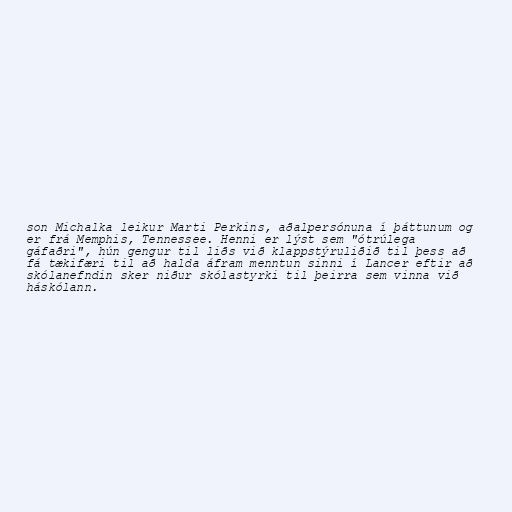
son Michalka leikur Marti Perkins, aðalpersónuna í þáttunum og
er frá Memphis, Tennessee. Henni er lýst sem "ótrúlega
gáfaðri", hún gengur til liðs við klappstýruliðið til þess að
fá tækifæri til að halda áfram menntun sinni í Lancer eftir að
skólanefndin sker niður skólastyrki til þeirra sem vinna við
háskólann.